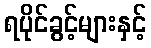
ရပိုင်ခွင့်များနှင့်